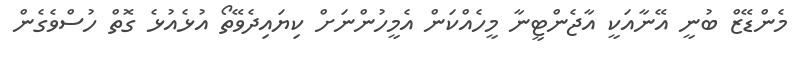
މެންޑޭޒް ބުނީ އޭނާއަކީ އާޖެންޓީނާ މީހެއްކަން އެމީހުންނަށް ކިޔައިދެވޭތޯ އުޅެއުޅެ ގޮތް ހުސްވެގެން